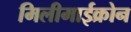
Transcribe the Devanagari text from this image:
मिलीमाईक्रोन